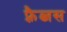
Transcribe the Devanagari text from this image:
फ़्रैब्जस